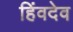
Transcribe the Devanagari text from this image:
हिंवदेव